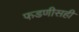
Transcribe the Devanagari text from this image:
फडणीसही